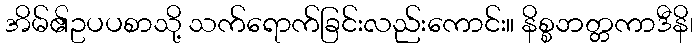
အိမ်၏ဥပပစာသို့ သက်ရောက်ခြင်းလည်းကောင်း။ နိစ္စဘတ္တကာဒီနိ၊